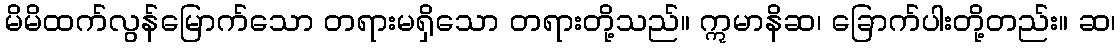
မိမိထက်လွန်မြောက်သော တရားမရှိသော တရားတို့သည်။ ဣမာနိဆ၊ ခြောက်ပါးတို့တည်း။ ဆ၊